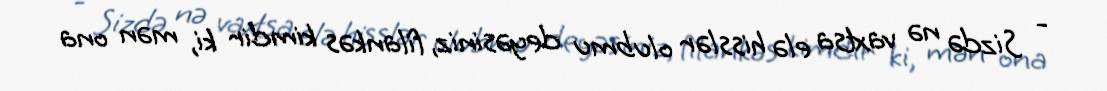
- Sizdə nə vaxtsa elə hisslər olubmu deyəsiniz, filankəs kimdir ki, mən ona